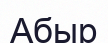
Абыр